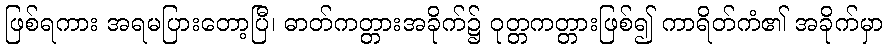
ဖြစ်ရကား အရမပြားတော့ပြီ၊ ဓာတ်ကတ္တားအခိုက်၌ ဝုတ္တကတ္တားဖြစ်၍ ကာရိတ်ကံ၏ အခိုက်မှာ